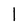
Character: 1